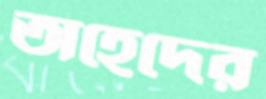
অহেদের